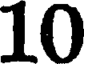
10